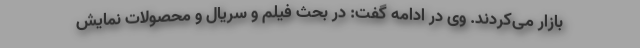
بازار می‌کردند. وی در ادامه گفت: در بحث فیلم و سریال و محصولات نمایش